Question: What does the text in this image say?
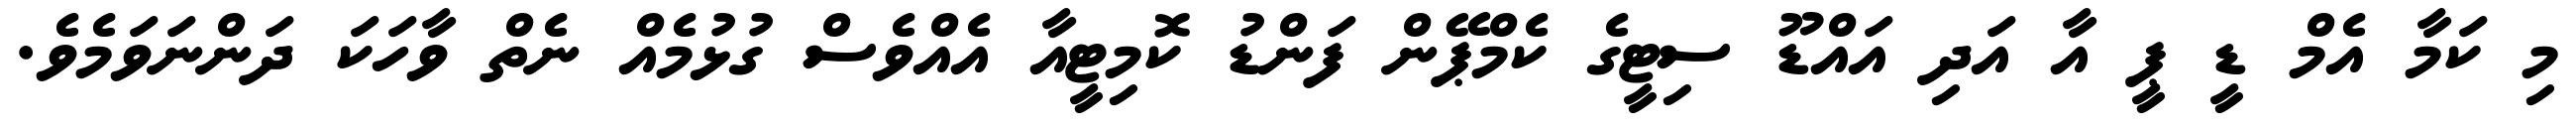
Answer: މި ކަމާ އެމް ޑީ ޕީ އާ އަދި އައްޑޫ ސިޓީގެ ކެމްޕޭން ފަންޑު ކޮމިޓީއާ އެއްވެސް ގުޅުމެއް ނެތް ވާހަކަ ދަންނަވަމެވެ.